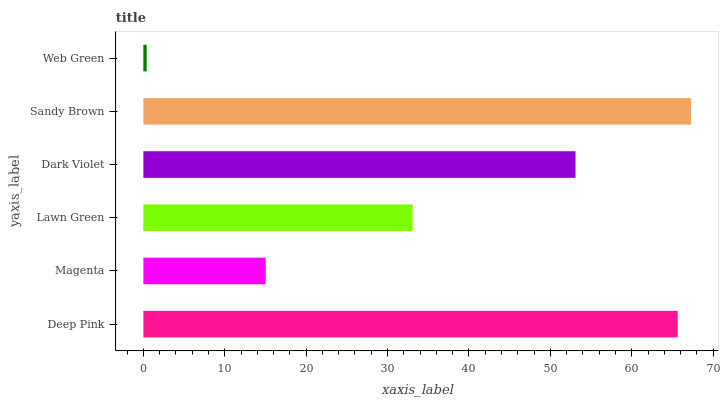
| yaxis_label | bars |
 | --- | --- |
 | Deep Pink | 65.6 |
 | Magenta | 15 |
 | Lawn Green | 33.1 |
 | Dark Violet | 53.1 |
 | Sandy Brown | 67.3 |
 | Web Green | 0.41 |